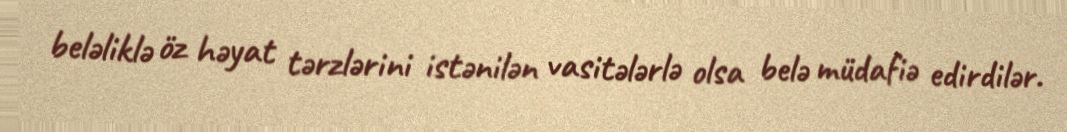
beləliklə öz həyat tərzlərini istənilən vasitələrlə olsa belə müdafiə edirdilər.